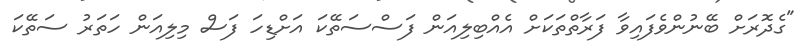
"ގެދޮރަށް ބޭނުންވެފައިވާ ފަރާތްތަކަށް އެއްބިލިއަން ފަސްސަތޭކަ އަށްޑިހަ ފަސް މިލިއަން ހަތަރު ސަތޭކަ